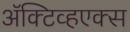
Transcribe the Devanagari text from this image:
ॲक्टिव्हएक्स